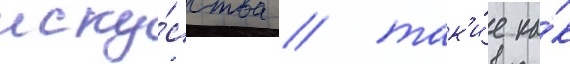
иску́сства / так'и́е ка́к